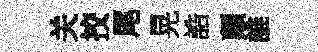
关挍尾晃誥顛誰